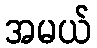
အမယ်